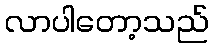
လာပါတော့သည်